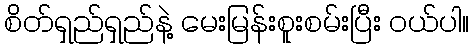
စိတ်ရှည်ရှည်နဲ့ မေးမြန်းစူးစမ်းပြီး ဝယ်ပါ။